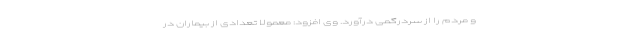
و مردم را از سردرگمی درآورد. وی افزود: معمولا تعدادی از بیماران در